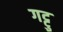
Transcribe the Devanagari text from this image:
गट्टु